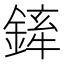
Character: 𨩏